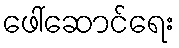
ဖေါ်ဆောင်ရေး